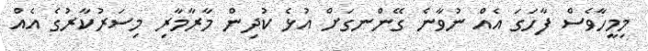
މިމީހާވެސް ފާހަގަ އެއް ނުވާނެ ގޭންނގަށް އުޅެ ކުދިން މާރާމާރި މިސަރުކާރުގެ އެއް